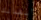
أنقذتك